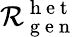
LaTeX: \mathcal{R}_{\mathrm{{~g~e~n~}}}^{\mathrm{{~h~e~t~}}}